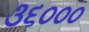
૩૬૦૦૦